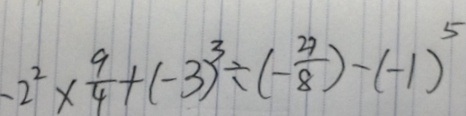
- 2 ^ { 2 } \times \frac { 9 } { 4 } + ( - 3 ) ^ { 3 } \div ( - \frac { 2 7 } { 8 } ) - ( - 1 ) ^ { 5 }